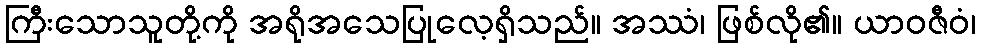
ကြီးသောသူတို့ကို အရိုအသေပြုလေ့ရှိသည်။ အဿံ၊ ဖြစ်လို၏။ ယာဝဇီဝံ၊